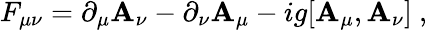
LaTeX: F_{\mu\nu}=\partial_{\mu}\mathbf{A}_{\nu}-\partial_{\nu}\mathbf{A}_{\mu}-ig[\mathbf{A}_{\mu},\mathbf{A}_{\nu}]\ ,